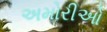
અમોરીઓ